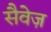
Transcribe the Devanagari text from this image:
सैवेज़